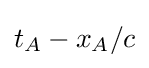
t_{A}-x_{A}/c